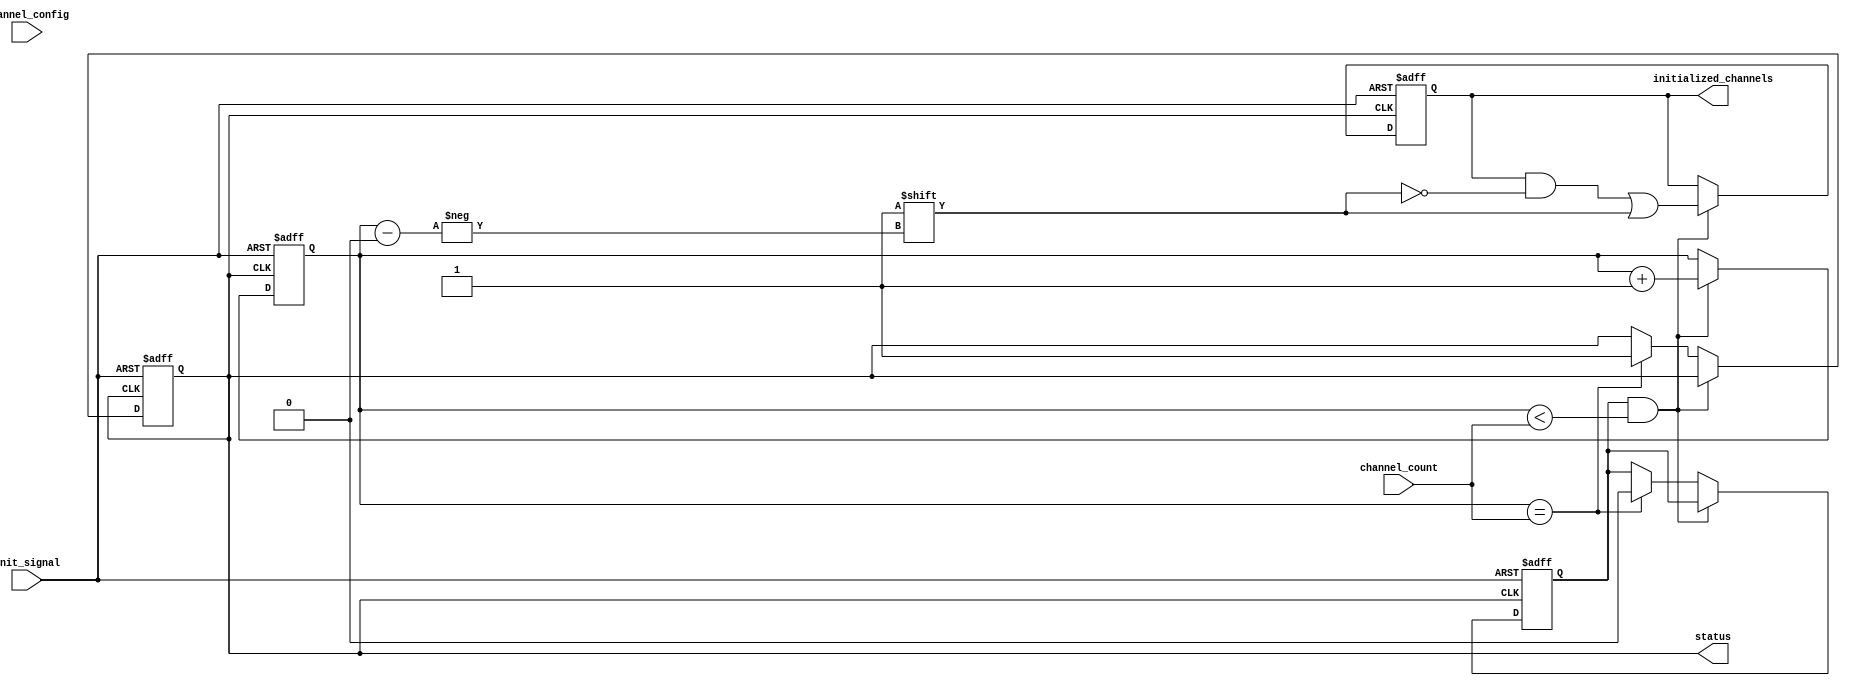
module multi_channel_init #(
    parameter CHANNEL_MAX = 8, // Maximum number of channels
    parameter CHANNEL_CONFIG_WIDTH = 16 // Width of each channel configuration
)(
    input wire init_signal,
    input wire [CHANNEL_CONFIG_WIDTH*CHANNEL_MAX-1:0] channel_config,
    input wire [3:0] channel_count,  // Assume channel_count is <= CHANNEL_MAX
    output reg status,                // Initialization status
    output reg [CHANNEL_MAX-1:0] initialized_channels // Initialized channels
);

    // Internal state variables
    reg [3:0] current_channel;       // Current channel index
    reg initializing;                 // Flag indicating initialization in progress

    // Initialization process
    always @(posedge init_signal or posedge status) begin
        if (init_signal) begin
            // Reset variables
            current_channel <= 0;
            initialized_channels <= 0;
            initializing <= 1;
            status <= 0; // Initialization ongoing
        end else if (initializing && current_channel < channel_count) begin
            // Simulate channel initialization (this could be more complex)
            // For demonstration, we'll just assign the channel as initialized
            initialized_channels[current_channel] <= 1'b1; // Mark current channel as initialized
            
            // Move to the next channel
            current_channel <= current_channel + 1; 
        end else if (current_channel == channel_count) begin
            // All channels initialized
            initializing <= 0;
            status <= 1; // Indicate initialization complete
        end
    end

endmodule